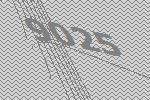
9025